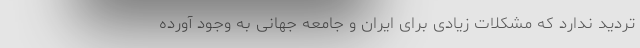
تردید ندارد که مشکلات زیادی برای ایران و جامعه جهانی به وجود آورده